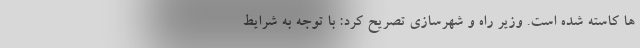
ها کاسته شده است. وزیر راه و شهرسازی تصریح کرد: با توجه به شرایط